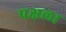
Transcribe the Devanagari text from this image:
पक्षला